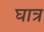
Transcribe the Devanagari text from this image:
घात्र